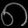
Digit: ၈